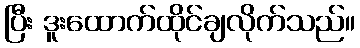
ပြီး ဒူးထောက်ထိုင်ချလိုက်သည်။